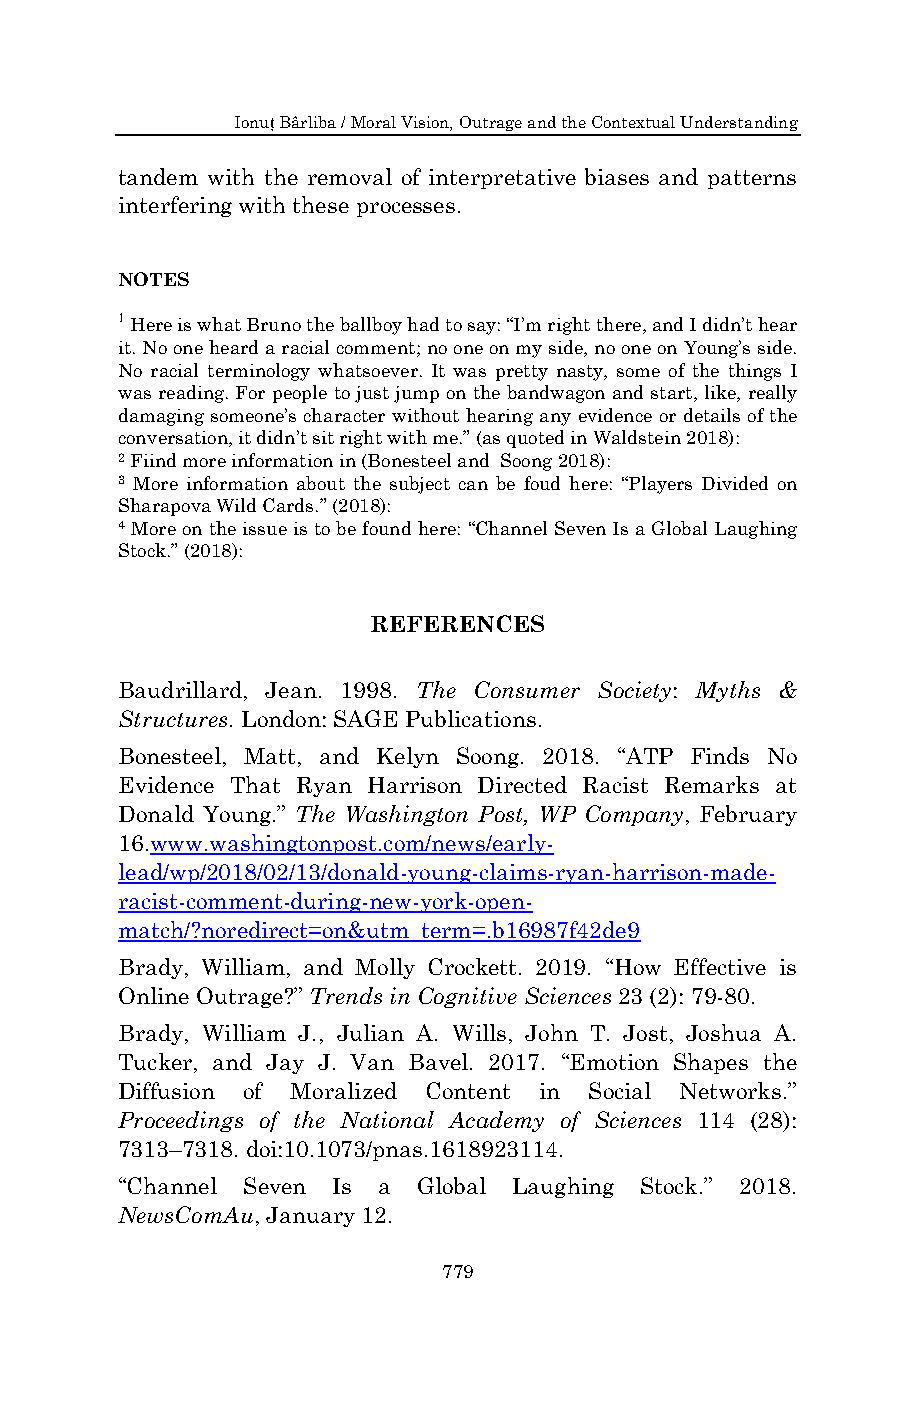
Ionuț Bârliba / Moral Vision, Outrage and the Contextual Understanding
 tandem with the removal of interpretative biases and patterns
 interfering with these processes.
 NOTES
 1 Here is what Bruno the ballboy had to say: “I‟m right there, and I didn‟t hear
 it. No one heard a racial comment; no one on my side, no one on Young‟s side.
 No racial terminology whatsoever. It was pretty nasty, some of the things I
 was reading. For people to just jump on the bandwagon and start, like, really
 damaging someone‟s character without hearing any evidence or details of the
 conversation, it didn‟t sit right with me.” (as quoted in Waldstein 2018):
 2 Fiind more information in (Bonesteel and Soong 2018):
 3 More information about the subject can be foud here: “Players Divided on
 Sharapova Wild Cards.” (2018):
 4 More on the issue is to be found here: “Channel Seven Is a Global Laughing
 Stock.” (2018):
 REFERENCES
 Baudrillard, Jean. 1998. The Consumer Society: Myths &
 Structures. London: SAGE Publications.
 Bonesteel, Matt, and Kelyn Soong. 2018. “ATP Finds No
 Evidence That Ryan Harrison Directed Racist Remarks at
 Donald Young.” The Washington Post, WP Company, February
 16.www.washingtonpost.com/news/early-
 lead/wp/2018/02/13/donald-young-claims-ryan-harrison-made-
 racist-comment-during-new-york-open-
 match/?noredirect=on&utm_term=.b16987f42de9
 Brady, William, and Molly Crockett. 2019. “How Effective is
 Online Outrage?” Trends in Cognitive Sciences 23 (2): 79-80.
 Brady, William J., Julian A. Wills, John T. Jost, Joshua A.
 Tucker, and Jay J. Van Bavel. 2017. “Emotion Shapes the
 Diffusion of Moralized Content in Social Networks.”
 Proceedings of the National Academy of Sciences 114 (28):
 7313–7318. doi:10.1073/pnas.1618923114.
 “Channel Seven Is a Global Laughing Stock.” 2018.
 NewsComAu, January 12.
 779